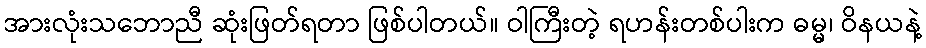
အားလုံးသဘောညီ ဆုံးဖြတ်ရတာ ဖြစ်ပါတယ်။ ဝါကြီးတဲ့ ရဟန်းတစ်ပါးက ဓမ္မ၊ ဝိနယနဲ့